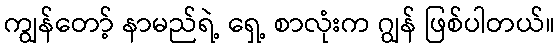
ကျွန်တော့် နာမည်ရဲ့ ရှေ့ စာလုံးက ဂျွန် ဖြစ်ပါတယ်။